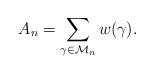
LaTeX: \begin{align*}A_{n}=\sum_{\gamma\in\mathcal{M}_{n}}w(\gamma).\end{align*}